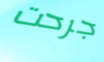
جرحت